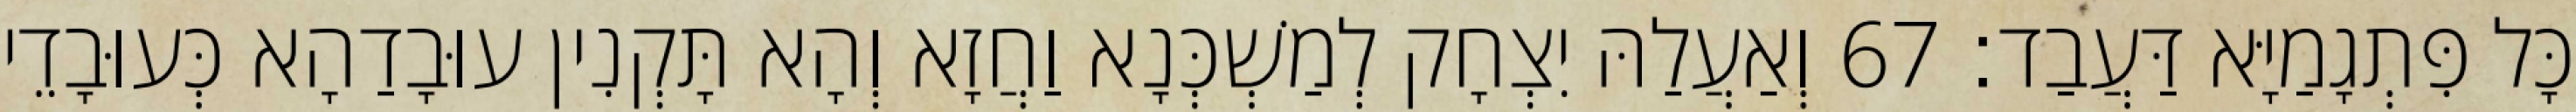
כָּל פִּתְגָמַיָּא דַּעֲבַד׃ 67 וְאַעֲלַהּ יִצְחָק לְמַשְׁכְּנָא וַחֲזָא וְהָא תָּקְנִין עוּבָדַהָא כְּעוּבָדֵי